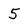
Character: 5